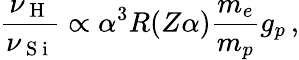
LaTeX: \frac{\nu_{\mathrm{~H~}}}{\nu_{\mathrm{~S~i~}}}\propto\alpha^{3}R(Z\alpha)\frac{m_{e}}{m_{p}}g_{p}\, ,